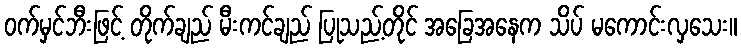
ဝက်မှင်ဘီးဖြင့် တိုက်ချည် မီးကင်ချည် ပြုသည့်တိုင် အခြေအနေက သိပ် မကောင်းလှသေး။